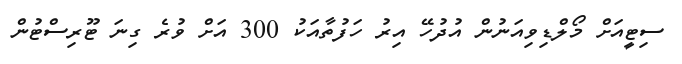
ސިޓީއަށް މޯލްޑިވިއަނުން އުދުހޭ އިރު ހަފުތާއަކު 300 އަށް ވުރެ ގިނަ ޓޫރިސްޓުން